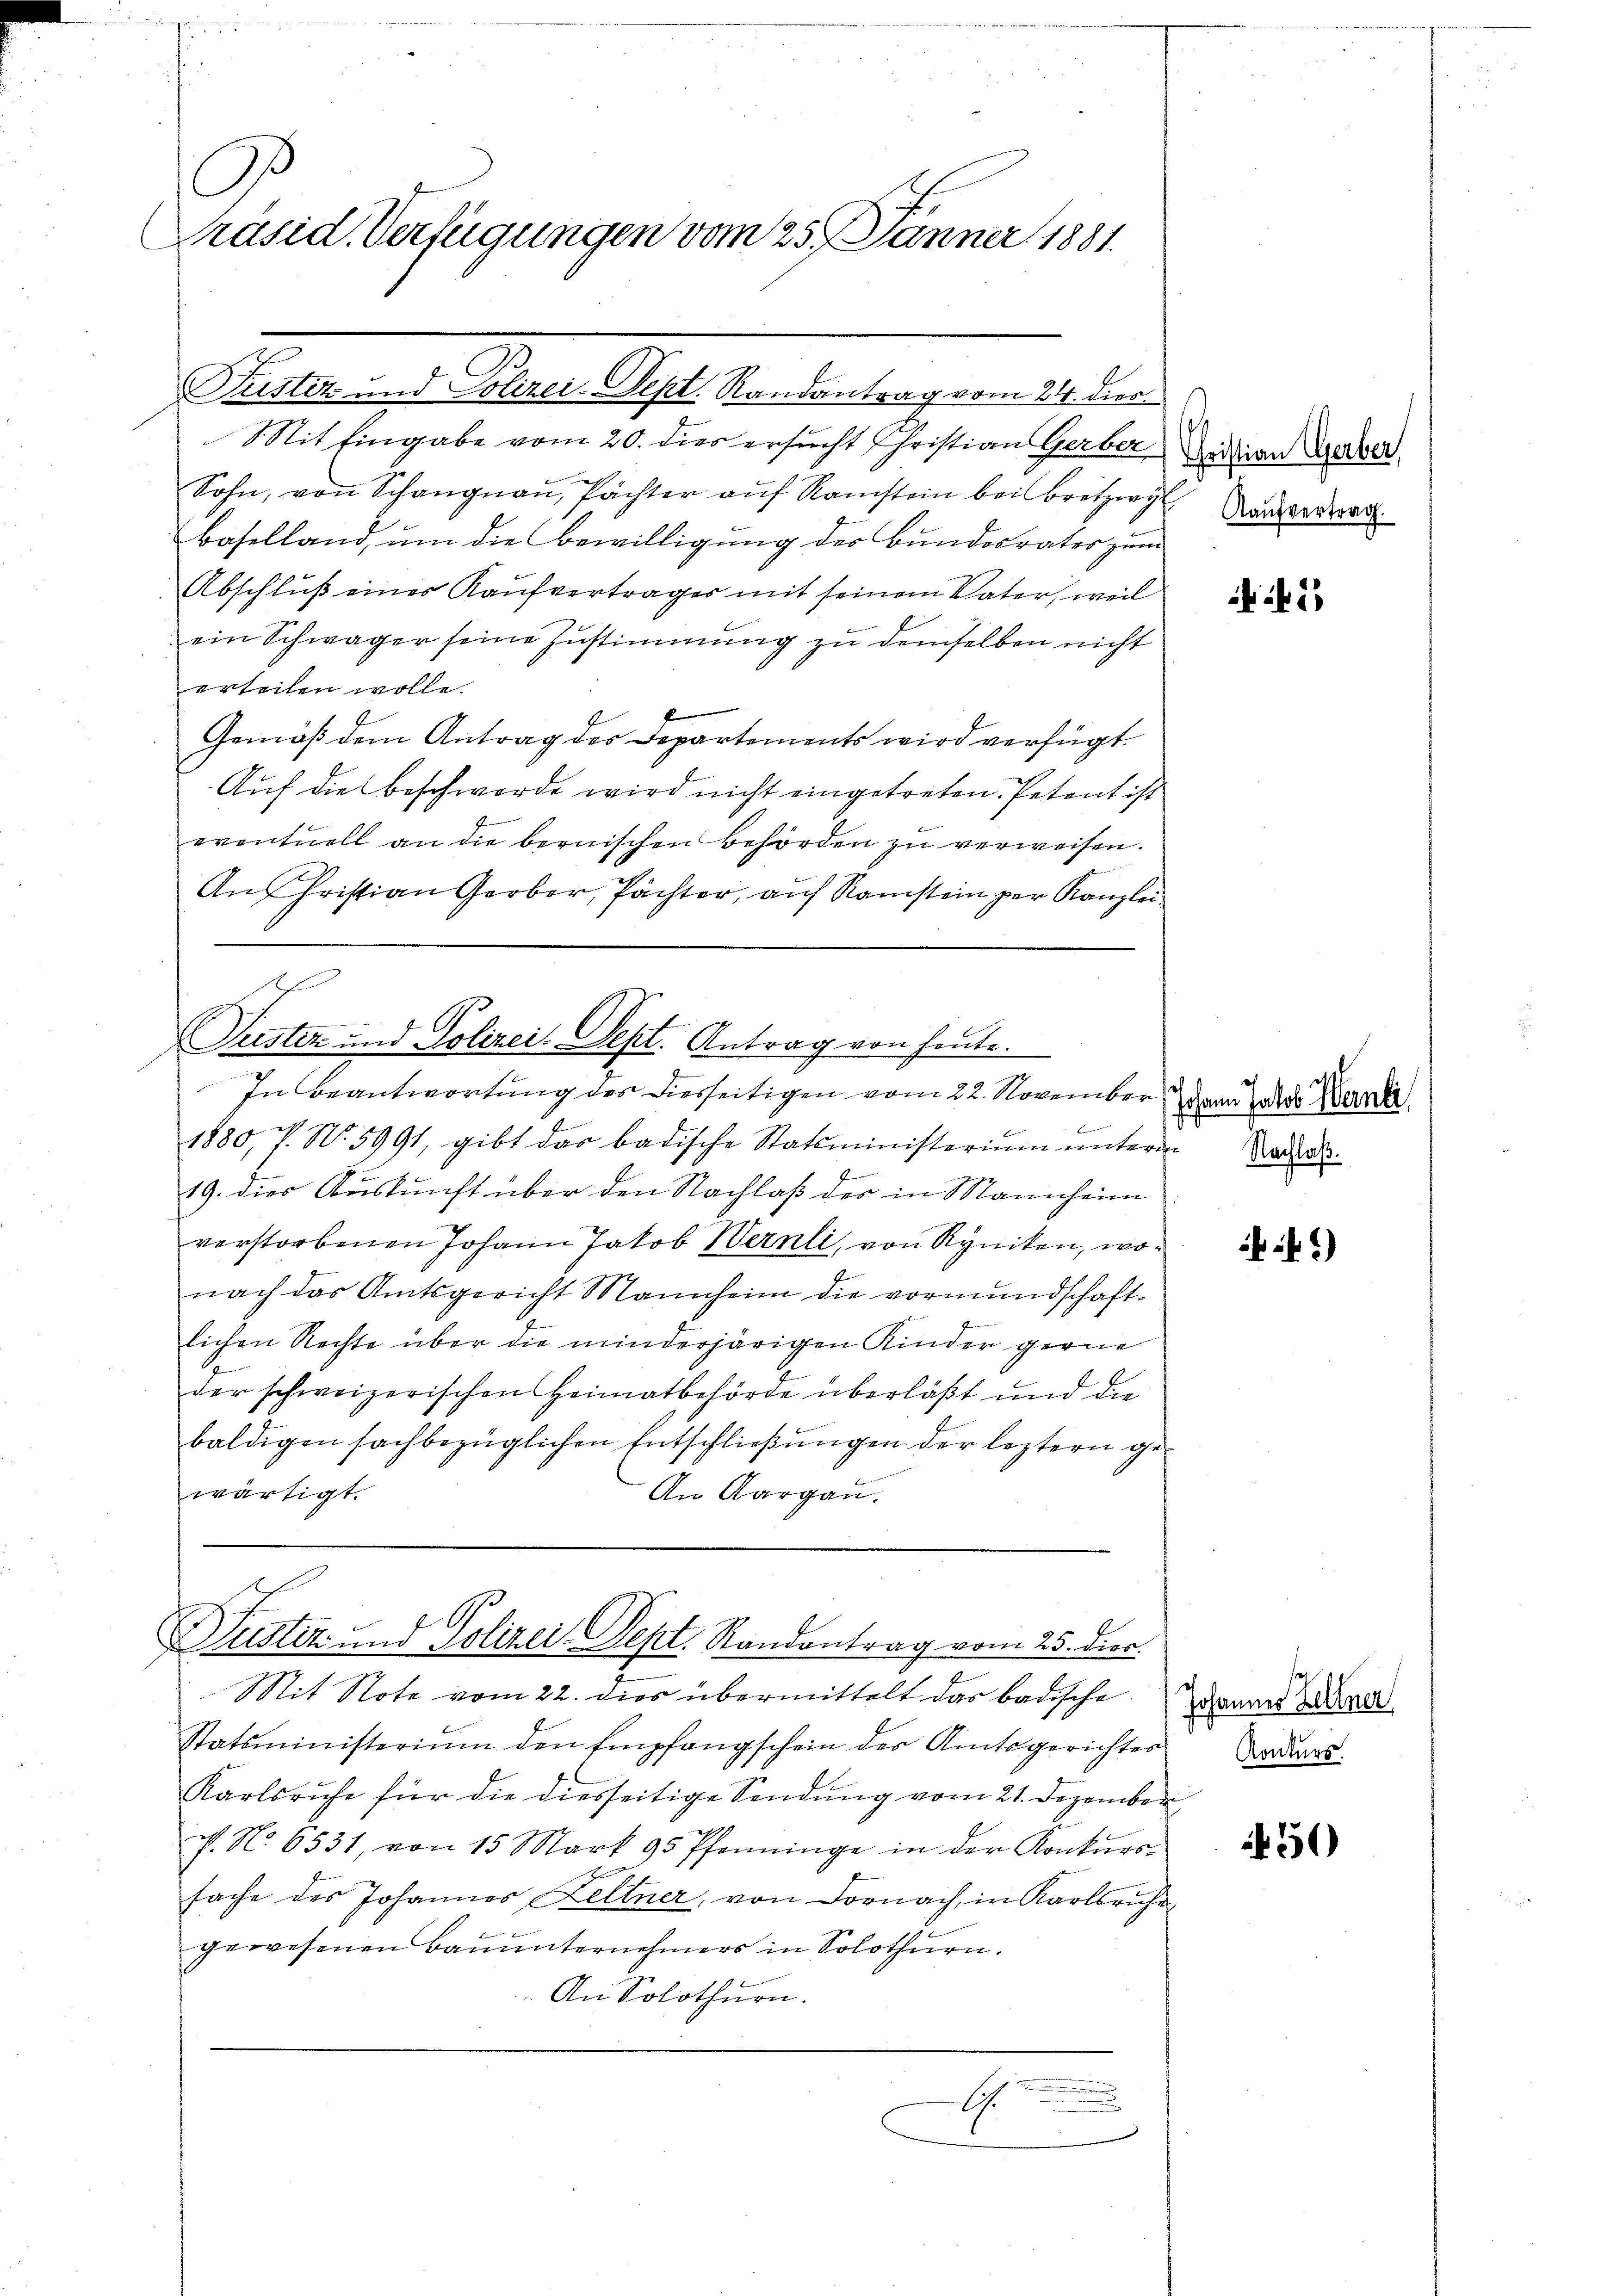
G
Präsid. Verfügungen vom 25. Jänner 1881.

Mit Eingabe vom 20. dies ersucht Christian Gerber Saitian Gerber
Sohn, von Schangnau, Pächter aŭf Ramstein bei Bretzig Kardan
Baselland, um die Bewilligung des Bundesrates zum
Abschluß eines Kaufvertrages mit seinem Vater, weil
.
ein Schwäger seine Zustimmung zu demselben nicht
erteilen wolle.
Gemäß dem Antrag der Departements wird verfügt.
Aŭf die Beschwerde wird nicht eingetreten. Petent ist
.
eventuell an die bernischen Behörden zu verweisen.
An Christian Gerber, Pächter, auf Ramstein per Kanzlei

Justiz und Polizei-Sept. Randantrag vom 24. dies

1880, P. N. 5991, gibt das badische Statsministerium unterm Nadel
e
19. dies Auskunft über den Nachlaß der in Mannheim
verstorbenen Johann Jakob Wernli, von Ryniken, wonach das Amtsgericht Mannheim die vormundschaft-
lichen Rechte über die minderjärigen Kinder gerne
der schweizerischen Heimatbehörde überläßt und die
baldigen sachbezüglichen Entschlieβŭngen der leztern ge¬
An Aargau.
wärtigt.

Puster und Polizei. Sept. Antrag von heute.
In Beantwortung des diesseitigen vom 22. November dann als Bern,

Justiz- und Polizei Sept. Randantrag vom 25. dier.

Mit Note vom 22. dies übermittelt das badische
Statsministerium den Empfangschein des Amtsgerichtes
Karlsruhe für die diesseitige Sendung vom 21. Dezember
c. No. 6531, von 15 Mark 95 Pfenninge in der Konkŭrs-
2
sache des Johannes Keltner, von Dornach, in Karlsruhe
gewesenen Baŭŭnternehmers in Solothurn.
An Solothurn.
.
A
.

2

)

450

Johannes Zeltner
Konkurs.